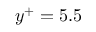
y ^ { + } = 5 . 5